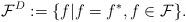
LaTeX: \begin{align*}{\cal F}^D:=\{f|f=f^{*},f\in {\cal F}\}. \end{align*}